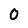
Character: 0